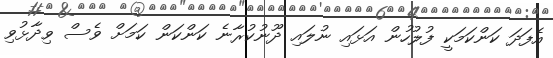
އެފަދަ ކަންކަމަކީ ފުލުހުން އަޅައި ނުލައި ދޫނުކުރާނެ ކަންކަން ކަމަށް ވެސް ވިދާޅުވި